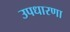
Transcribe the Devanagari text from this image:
उपधारणा